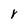
Character: r